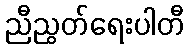
ညီညွတ်ရေးပါတီ